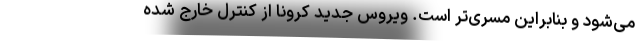
می‌شود و بنابراین مسری‌تر است. ویروس جدید کرونا از کنترل خارج شده